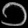
Digit: ၁